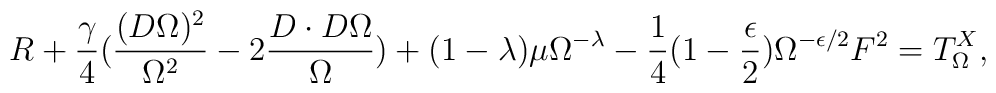
R + \frac{\gamma}{4} ( \frac{(D \Omega )^2 }{\Omega^2}   - 2 \frac{D \cdot D \Omega}{\Omega} ) + (1- \lambda ) \mu \Omega^{- \lambda} -\frac{1}{4} (1 - \frac{\epsilon}{2} ) \Omega^{-\epsilon /2 } F^2 =T^{X}_{\Omega}  ,